Vaccination in Bombay 1863-1868 - 1863-1868
Year: 1863
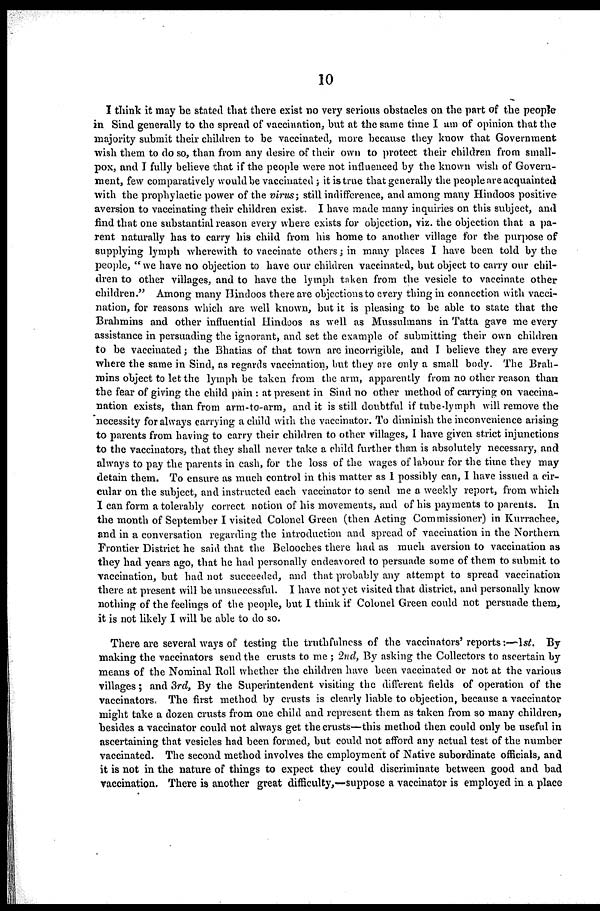
10
I think it may be stated that there exist no very serious obstacles on the part of the people
in Sind generally to the spread of vaccination, but at the same time I am of opinion that the
majority submit their children to be vaccinated, more because they know that Government
wish them to do so, than from any desire of their own to protect their children from small-
pox, and I fully believe that if the people were not influenced by the known wish of Govern-
ment, few comparatively would be vaccinated; it is true that generally the people are acquainted
with the prophylactic power of the virus ; still indifference, and among many Hindoos positive
aversion to vaccinating their children exist. I have made many inquiries on this subject, and
find that one substantial reason every where exists for objection, viz. the objection that a pa-
rent naturally has to carry his child from his home to another village for the purpose of
supplying lymph wherewith to vaccinate others ; in many places I have been told by the
people, " we have no objection to have our children vaccinated, but object to carry our chil-
dren to other villages, and to have the lymph taken from the vesicle to vaccinate other
children." Among many Hindoos there are objections to every thing in connection with vacci-
nation, for reasons which are well known, but it is pleasing to be able to state that the
Brahmins and other influential Hindoos as well as Mussulmans in Tatta gave me every
assistance in persuading the ignorant, and set the example of submitting their own children
to be vaccinated ; the Bhatias of that town are incorrigible, and I believe they are every
where the same in Sind, as regards vaccination, but they are only a small body. The Brah-
mins object to let the lymph be taken from the arm, apparently from no other reason than
the fear of giving the child pain : at present in Sind no other method of carrying on vaccina-
nation exists, than from arm-to-arm, and it is still doubtful if tube-lymph will remove the
necessity for always carrying a child with the vaccinator. To diminish the inconvenience arising
to parents from having to carry their children to other villages, I have given strict injunctions
to the vaccinators, that they shall never take a child further than is absolutely necessary, and
always to pay the parents in cash, for the loss of the wages of labour for the time they may
detain them. To ensure as much control in this matter as I possibly can, I have issued a cir-
cular on the subject, and instructed each vaccinator to send me a weekly report, from which
I can form a tolerably correct notion of his movements, and of his payments to parents. In
the month of September I visited Colonel Green (then Acting Commissioner) in Kurrachee,
and in a conversation regarding the introduction and spread of vaccination in the Northern
Frontier District he said that the Belooches there had as much aversion to vaccination as
they had years ago, that he had personally endeavored to persuade some of them to submit to
vaccination, but had not succeeded, and that probably any attempt to spread vaccination
there at present will be unsuccessful. I have not yet visited that district, and personally know
nothing of the feelings of the people, but I think if Colonel Green could not persuade them,
it is not likely I will be able to do so.
There are several ways of testing the truthfulness of the vaccinators' reports :—1st. By
making the vaccinators send the crusts to me ; 2nd, By asking the Collectors to ascertain by
means of the Nominal Roll whether the children have been vaccinated or not at the various
villages ; and 3rd, By the Superintendent visiting the different fields of operation of the
vaccinators. The first method by crusts is clearly liable to objection, because a vaccinator
might take a dozen crusts from one child and represent them as taken from so many children,
besides a vaccinator could not always get the crusts—this method then could only be useful in
ascertaining that vesicles had been formed, but could not afford any actual test of the number
vaccinated. The second method involves the employment of Native subordinate officials, and
it is not in the nature of things to expect they could discriminate between good and bad
vaccination. There is another great difficulty,—suppose a vaccinator is employed in a place